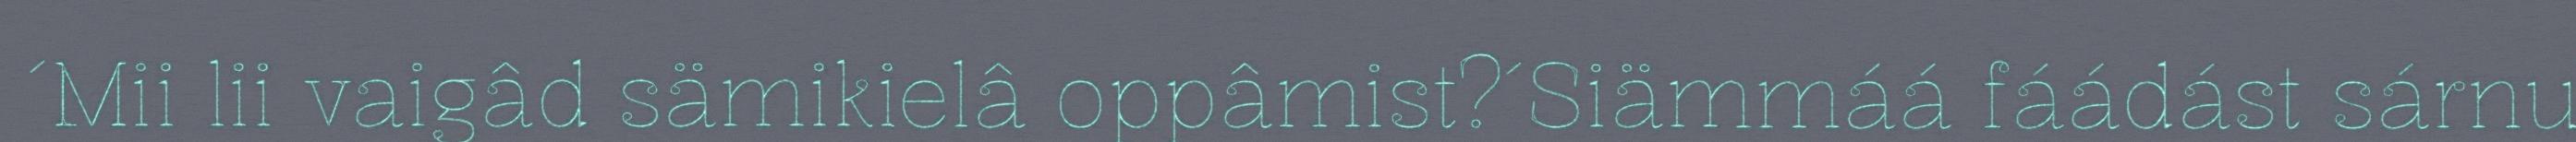
´Mii lii vaigâd sämikielâ oppâmist?´Siämmáá fáádást sárnu